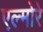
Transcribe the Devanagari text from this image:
एल्मोरे